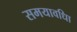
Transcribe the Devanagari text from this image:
समयावधिा